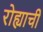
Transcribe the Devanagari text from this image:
रोह्याची